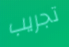
تجريب